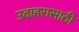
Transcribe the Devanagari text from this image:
उदाहरासाठी